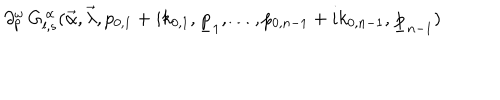
LaTeX: \partial _ { p } ^ { \omega } \, G _ { l , s } ^ { \, \alpha } ( \vec { \alpha } , \vec { \lambda } , p _ { 0 , 1 } + i k _ { 0 , 1 } , \underline { { { p } } } _ { 1 } , \ldots , p _ { 0 , n - 1 } + i k _ { 0 , n - 1 } , \underline { { { p } } } _ { n - 1 } )